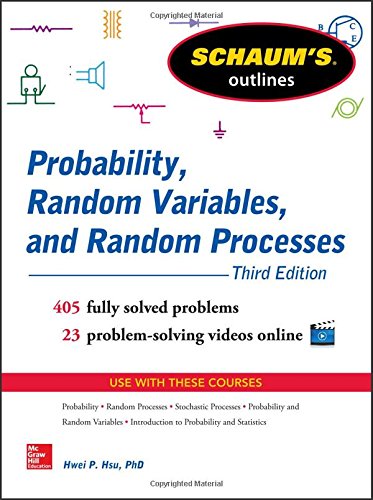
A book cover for Schaum's Outline of Probability, Random Variables, and Random Processes, 3rd Edition (Schaum's Outlines); Hwei Hsu; Science & Math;